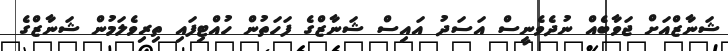
ޝަނާޒްއަށް ޖަވާބެއް ނުދެވެނީސް އަސަދު އައިސް ޝަނާޒްގެ ފަހަތުން ހުއްޓިފައި ތިރިވެލަމުން ޝަނާޒްގެ